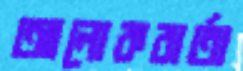
আলোকবার্তা